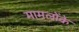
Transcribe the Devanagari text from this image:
मामलोंके